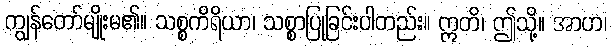
ကျွန်တော်မျိုးမ၏။ သစ္စကိရိယာ၊ သစ္စာပြုခြင်းပါတည်း။ ဣတိ၊ ဤသို့။ အာဟ၊